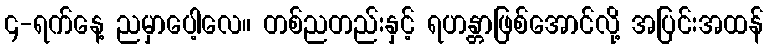
၄-ရက်နေ့ ညမှာပေါ့လေ။ တစ်ညတည်းနှင့် ရဟန္တာဖြစ်အောင်လို့ အပြင်းအထန်